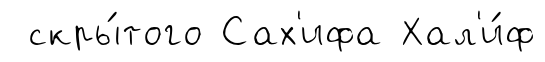
скры́того Сах'ифа Хал'и́ф